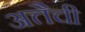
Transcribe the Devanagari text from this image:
अत्तैची